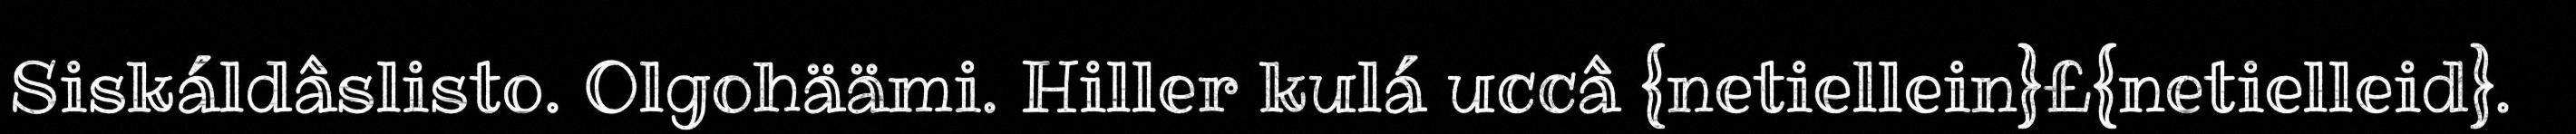
Siskáldâslisto. Olgohäämi. Hiller kulá uccâ {netiellein}£{netielleid}.